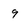
Character: 9